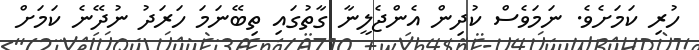
ހުރި ކަމަށެވެ. ނަމަވެސް ކުދިން އެންޖެލީނާ ގާތުގައި ތިބޭނަމަ ހަރަދު ނުދޭނެ ކަމަށް